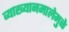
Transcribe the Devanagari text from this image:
व्याख्यानमालेमुळे